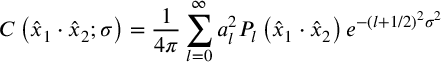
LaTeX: C \left( \hat { x } _ { 1 } \cdot \hat { x } _ { 2 } ; \sigma \right) = { \frac { 1 } { 4 \pi } } \sum _ { l = 0 } ^ { \infty } a _ { l } ^ { 2 } P _ { l } \left( \hat { x } _ { 1 } \cdot \hat { x } _ { 2 } \right) e ^ { - ( l + 1 / 2 ) ^ { 2 } \sigma ^ { 2 } }